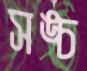
সঙ্চ